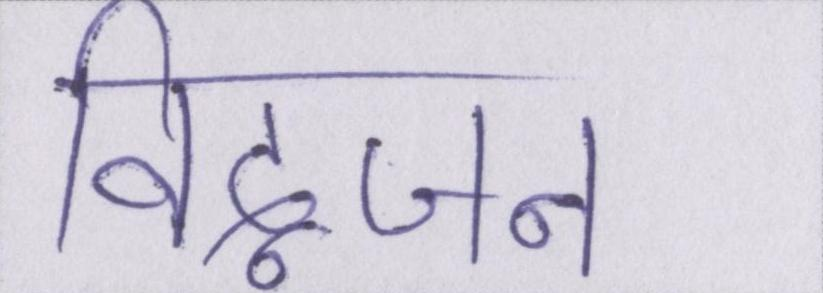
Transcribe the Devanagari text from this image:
विद्वजन